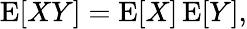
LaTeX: \operatorname{E}[XY]=\operatorname{E}[X]\operatorname{E}[Y],